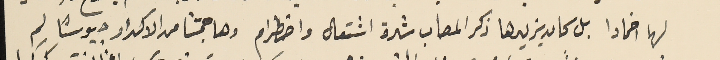
لها اخمادا بل كان يزيدها ذكر المصاب شدة اشتعال واضطرام وهاجمتنا من الاكدار جيوشا لم